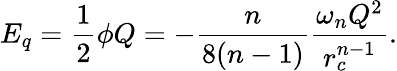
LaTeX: E_{q}=\frac{1}{2}\phi Q=-\frac{n}{8(n-1)}\frac{\omega_{n}Q^{2}}{r_{c}^{n-1}}.